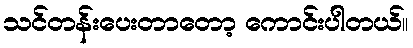
သင်တန်းပေးတာတော့ ကောင်းပါတယ်။